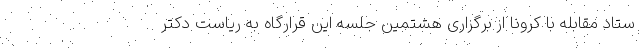
ستاد مقابله با کرونا از برگزاری هشتمین جلسه این قرارگاه به ریاست دکتر